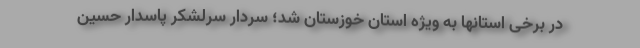
در برخی استانها به ویژه استان خوزستان شد؛ سردار سرلشکر پاسدار حسین